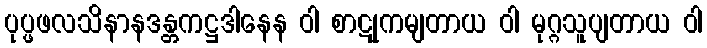
ပုပ္ဖဖလသိနာနဒန္တကဋ္ဌဒါနေန ဝါ စာဋုကမျတာယ ဝါ မုဂ္ဂသူပျတာယ ဝါ